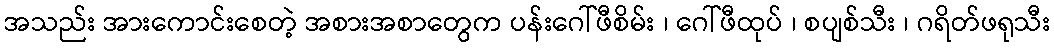
အသည်း အားကောင်းစေတဲ့ အစားအစာတွေက ပန်းဂေါ်ဖီစိမ်း ၊ ဂေါ်ဖီထုပ် ၊ စပျစ်သီး ၊ ဂရိတ်ဖရုသီး